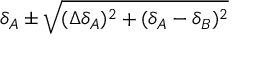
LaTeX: \delta _ { A } \pm \sqrt { ( \Delta \delta _ { A } ) ^ { 2 } + ( \delta _ { A } - \delta _ { B } ) ^ { 2 } }